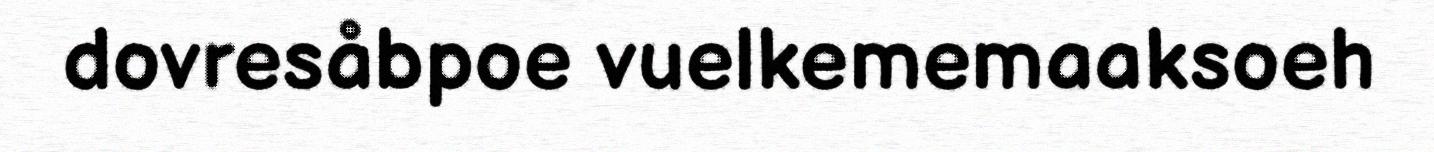
dovresåbpoe vuelkememaaksoeh